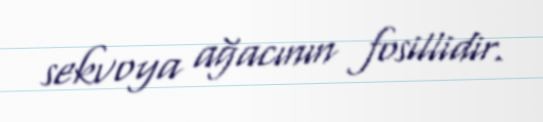
sekvoya ağacının fosillidir.